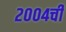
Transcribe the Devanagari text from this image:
२००४ची